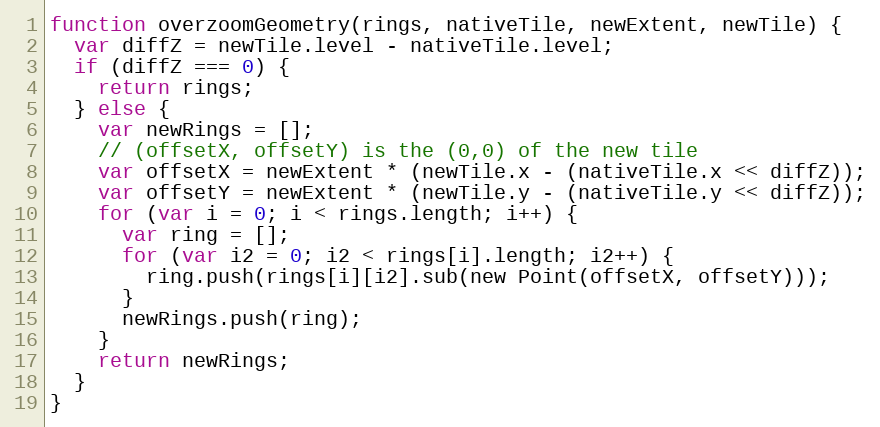
Language: JavaScript
function overzoomGeometry(rings, nativeTile, newExtent, newTile) {
  var diffZ = newTile.level - nativeTile.level;
  if (diffZ === 0) {
    return rings;
  } else {
    var newRings = [];
    // (offsetX, offsetY) is the (0,0) of the new tile
    var offsetX = newExtent * (newTile.x - (nativeTile.x << diffZ));
    var offsetY = newExtent * (newTile.y - (nativeTile.y << diffZ));
    for (var i = 0; i < rings.length; i++) {
      var ring = [];
      for (var i2 = 0; i2 < rings[i].length; i2++) {
        ring.push(rings[i][i2].sub(new Point(offsetX, offsetY)));
      }
      newRings.push(ring);
    }
    return newRings;
  }
}